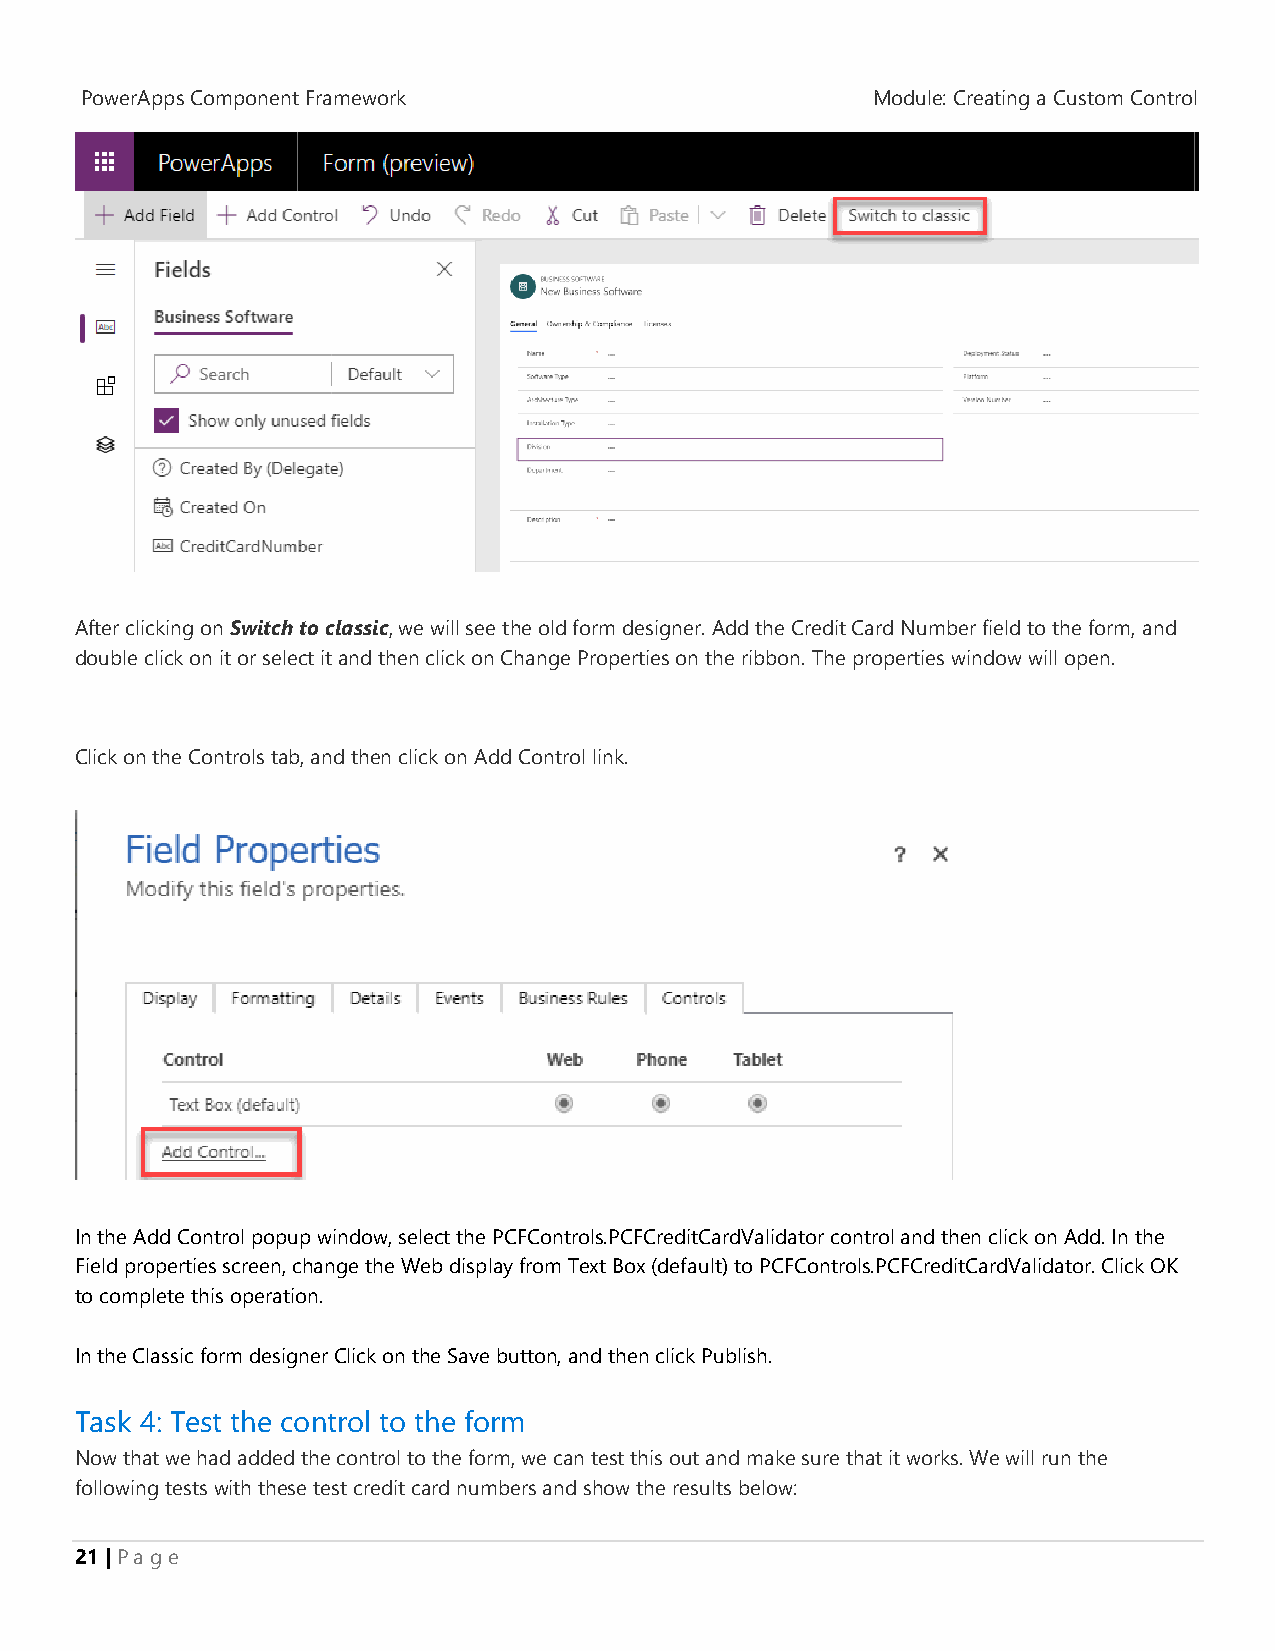
PowerApps Component Framework                        Module: Creating a Custom Control
 After clicking on Switch to classic, we will see the old form designer. Add the Credit Card Number field to the form, and
 double click on it or select it and then click on Change Properties on the ribbon. The properties window will open.
 Click on the Controls tab, and then click on Add Control link.
 In the Add Control popup window, select the PCFControls.PCFCreditCardValidator control and then click on Add. In the
 Field properties screen, change the Web display from Text Box (default) to PCFControls.PCFCreditCardValidator. Click OK
 to complete this operation.
 In the Classic form designer Click on the Save button, and then click Publish.
 Task 4: Test the control to the form
 Now that we had added the control to the form, we can test this out and make sure that it works. We will run the
 following tests with these test credit card numbers and show the results below:
 21 | P a g e